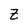
Character: Z